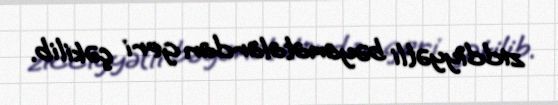
ziddiyyətli bəyanatalardan geri çəkilib.